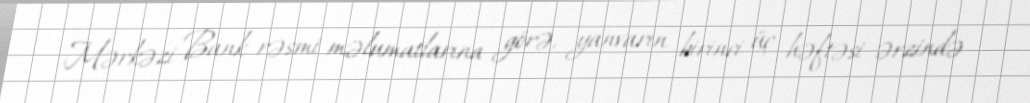
Mərkəzi Bank rəsmi məlumatlarına görə, yanvarın birinci üç həftəsi ərzində